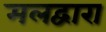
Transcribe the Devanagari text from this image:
मलद्वारा